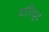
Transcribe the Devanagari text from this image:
दारिद्र्यं